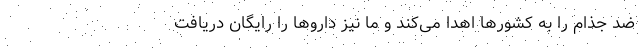
ضد جذام را به کشورها اهدا می‌کند و ما نیز داروها را رایگان دریافت